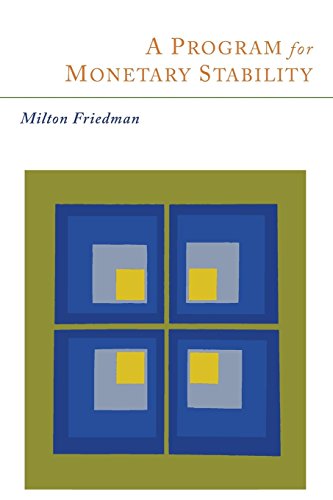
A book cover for A Program for Monetary Stability; Milton Friedman; Law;